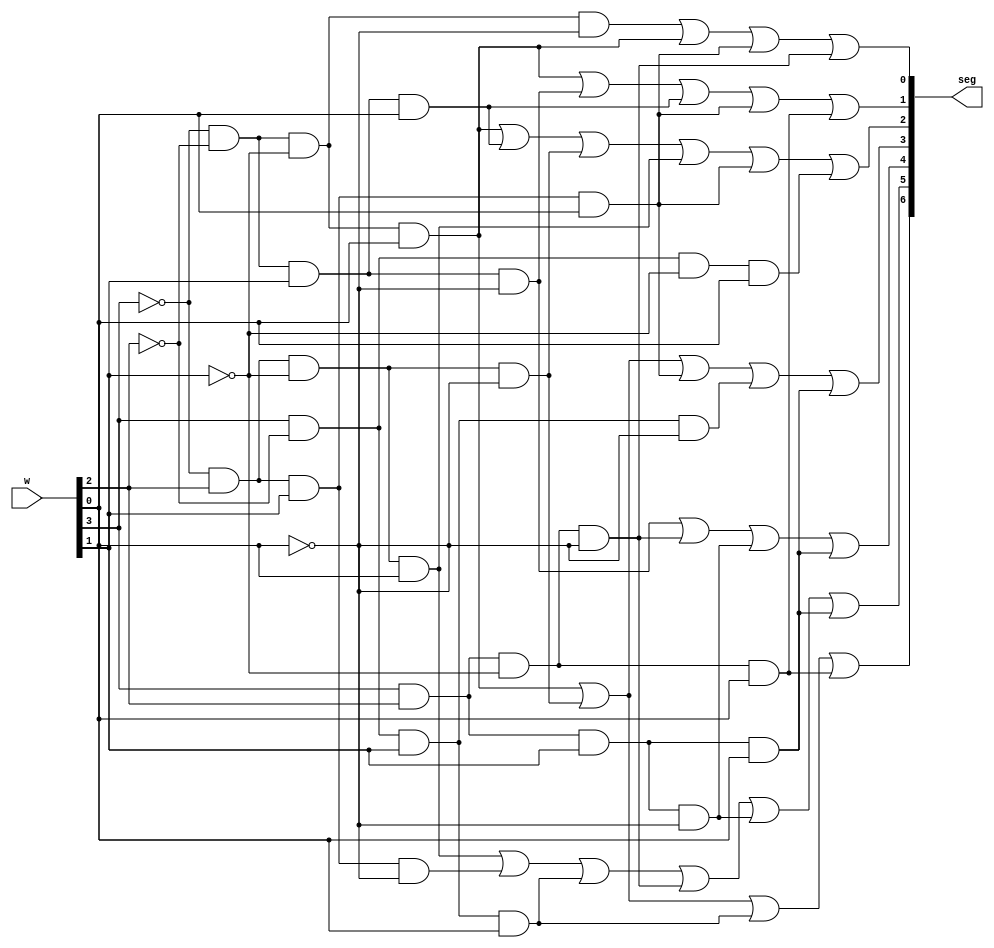
module segment(w, seg);
	input [3:0] w;
	output[0:6] seg;
	
	assign seg[0] = 
		(~w[3]&~w[2]&~w[1]& w[0])|
		(~w[3]& w[2]&~w[1]&~w[0])|
		( w[3]&~w[2]& w[1]& w[0])|
		( w[3]& w[2]&~w[1]& w[0]);

	assign seg[1] = 
		(~w[3]& w[2]&~w[1]& w[0])|
		(~w[3]& w[2]& w[1]&~w[0])|
		( w[3]&~w[2]& w[1]& w[0])|
		( w[3]& w[2]&~w[1]&~w[0])|
		( w[3]& w[2]& w[1]&~w[0])|
		( w[3]& w[2]& w[1]& w[0]);

	assign seg[2] = 
		(~w[3]&~w[2]& w[1]&~w[0])|
		( w[3]& w[2]&~w[1]&~w[0])|
		( w[3]& w[2]& w[1]&~w[0])|
		( w[3]& w[2]& w[1]& w[0]);

	assign seg[3] = 
		(~w[3]&~w[2]&~w[1]& w[0])|
		(~w[3]& w[2]&~w[1]&~w[0])|
		(~w[3]& w[2]& w[1]& w[0])|
		( w[3]&~w[2]& w[1]&~w[0])|
		( w[3]& w[2]& w[1]& w[0]);

	assign seg[4] = 
		(~w[3]&~w[2]&~w[1]& w[0])|
		(~w[3]&~w[2]& w[1]& w[0])|
		(~w[3]& w[2]&~w[1]&~w[0])|
		(~w[3]& w[2]&~w[1]& w[0])|
		(~w[3]& w[2]& w[1]& w[0])|
		( w[3]&~w[2]&~w[1]& w[0]);

	assign seg[5] = 
		(~w[3]&~w[2]&~w[1]& w[0])|
		(~w[3]&~w[2]& w[1]&~w[0])|
		(~w[3]&~w[2]& w[1]& w[0])|
		(~w[3]& w[2]& w[1]& w[0])|
		( w[3]& w[2]&~w[1]& w[0]);

	assign seg[6] = 
		(~w[3]&~w[2]&~w[1]&~w[0])|
		(~w[3]&~w[2]&~w[1]& w[0])|
		(~w[3]& w[2]& w[1]& w[0])|
		( w[3]& w[2]&~w[1]&~w[0]);
endmodule



module segment_case(w, seg);
	input [3:0] w;
	output reg [0:6] seg;

	parameter c_0 =	7'h01;
	parameter c_1 =	7'h4f;
	parameter c_2 =	7'h12;
	parameter c_3 =	7'h06;
	parameter c_4 =	7'h4c;
	parameter c_5 =	7'h24;
	parameter c_6 =	7'h20;
	parameter c_7 =	7'h0f;
	parameter c_8 =	7'h00;
	parameter c_9 =	7'h04;
	parameter c_A =	7'h08;
	parameter c_b =	7'h60;
	parameter c_C =	7'h31;
	parameter c_d =	7'h42;
	parameter c_E =	7'h30;
	parameter c_F =	7'h38;

	always @(w)
	case(w)
		4'h0: seg = c_0;
		4'h1: seg = c_1;
		4'h2: seg = c_2;
		4'h3: seg = c_3;
		4'h4: seg = c_4;
		4'h5: seg = c_5;
		4'h6: seg = c_6;
		4'h7: seg = c_7;
		4'h8: seg = c_8;
		4'h9: seg = c_9;
		4'ha: seg = c_A;
		4'hb: seg = c_b;
		4'hc: seg = c_C;
		4'hd: seg = c_d;
		4'he: seg = c_E;
		4'hf: seg = c_F;
	endcase

endmodule